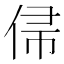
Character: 𬾙